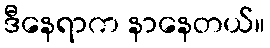
ဒီနေရာက နာနေတယ်။